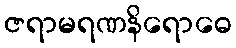
ဇရာမရဏနိရောဓေ